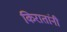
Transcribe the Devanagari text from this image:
किरातांनी